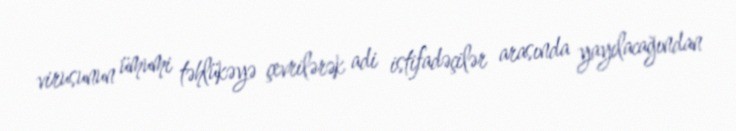
virusunun ümumi təhlükəyə çevrilərək adi istifadəçilər arasında yayılacağından